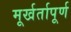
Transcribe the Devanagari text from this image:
मूर्खर्तापूर्ण